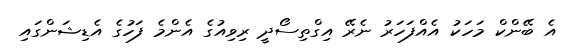
އެ ބޭންކް މަހަކު އެއްފަހަރު ނެރޭ އިގްތިސޯދީ ރިވިއުގެ އެންމެ ފަހުގެ އެޑިޝަންގައި